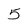
Character: 5